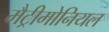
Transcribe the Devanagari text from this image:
मैट्रीमोनियल